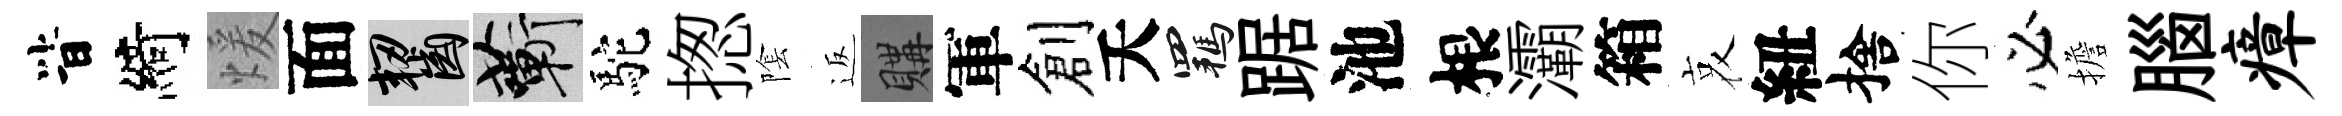
𣅜綺煖面齧蔪駝揔隂返購軍創夭羈踞池根灞箱哀紐捨你必擔腦瘴